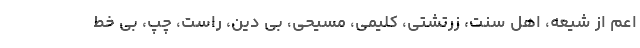
اعم از شیعه، اهل سنت، زرتشتی، کلیمی، مسیحی، بی دین، راست، چپ، بی خط